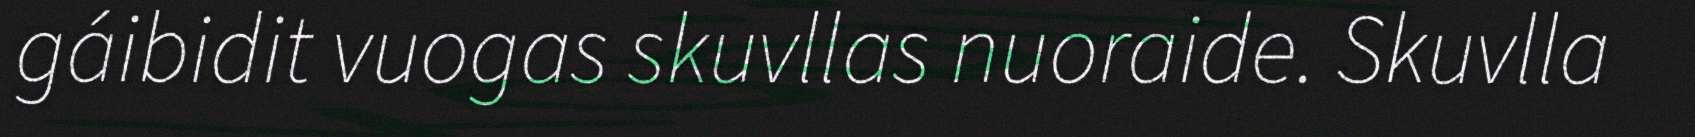
gáibidit vuogas skuvllas nuoraide. Skuvlla